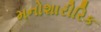
મનોશારીરિક